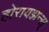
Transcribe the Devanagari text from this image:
होरायझन्स्